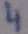
Text: 4